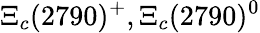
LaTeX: \Xi_{c}(2790)^{+},\Xi_{c}(2790)^{0}